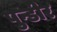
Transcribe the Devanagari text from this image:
पुन्डीर